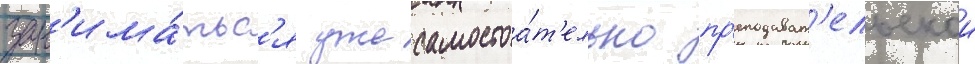
зан'има́тьс'я уже самостоа́т'ельно пр'еподават'ельскои